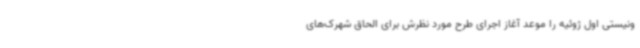
ونیستی اول ژوئیه را موعد آغاز اجرای طرح مورد نظرش برای الحاق شهرک‌های